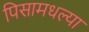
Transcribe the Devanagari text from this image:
पिसामधल्या